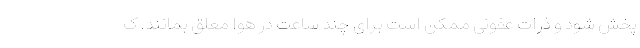
پخش شود و ذرات عفونی ممکن است برای چند ساعت در هوا معلق بمانند. ک